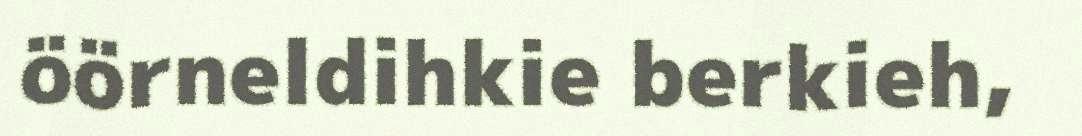
öörneldihkie berkieh,